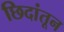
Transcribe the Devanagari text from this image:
छिदांतून